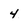
Character: 4